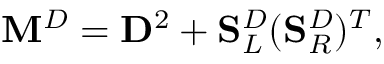
\mathbf { M } ^ { D } = \mathbf { D } ^ { 2 } + \mathbf { S } _ { L } ^ { D } ( \mathbf { S } _ { R } ^ { D } ) ^ { T } ,